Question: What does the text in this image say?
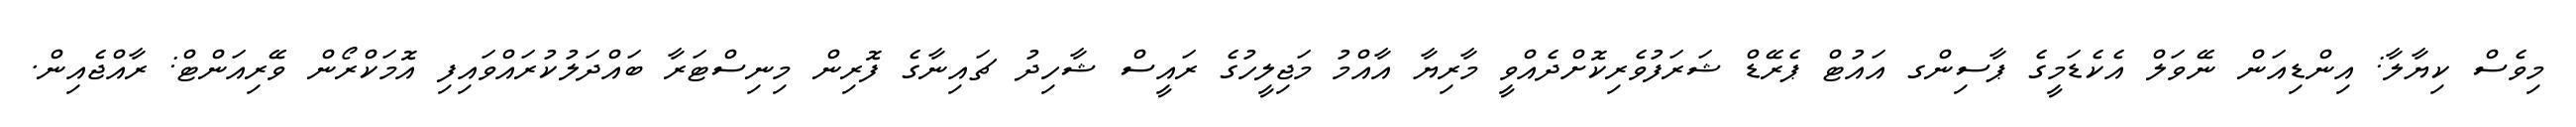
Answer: މިވެސް ކިޔާލާ: އިންޑިއަން ނޭވަލް އެކެޑަމީގެ ޕާސިންގ އައުޓް ޕެރޭޑް ޝަރަފުވެރިކޮށްދެއްވީ މާރިޔާ އާއްމު މަޖިލީހުގެ ރައީސް ޝާހިދު ޗައިނާގެ ފޮރިން މިނިސްޓަރާ ބައްދަލުކުރައްވައިފި އޮމަކްރޯން ވޭރިއަންޓް: ރާއްޖެއިން.